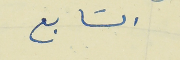
السَابع